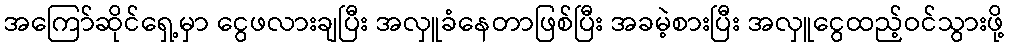
အကြော်ဆိုင်ရှေ့မှာ ငွေဖလားချပြီး အလှူခံနေတာဖြစ်ပြီး အခမဲ့စားပြီး အလှူငွေထည့်ဝင်သွားဖို့